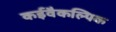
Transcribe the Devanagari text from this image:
कईवैकल्पिक